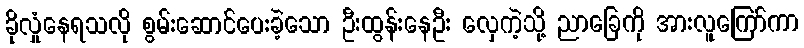
ခိုလှုံနေရသလို စွမ်းဆောင်ပေးခဲ့သော ဦးထွန်းနေဦး လှေကဲ့သို့ ညာခြေကို အားလူကြော်ကာ